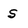
Character: S